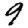
Digit: 9